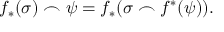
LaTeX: f _ { * } ( \sigma ) \frown \psi = f _ { * } ( \sigma \frown f ^ { * } ( \psi ) ) .